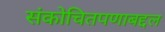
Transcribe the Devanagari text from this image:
संकोचितपणाबद्दल